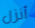
أنزل